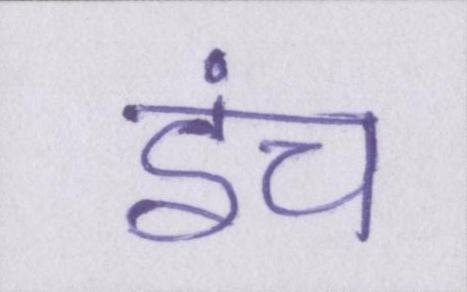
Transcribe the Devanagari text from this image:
इंच